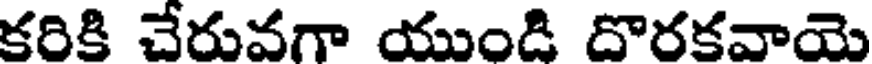
కరికి చేరువగా యుండి దొరకవాయె